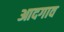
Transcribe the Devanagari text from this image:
आदगाव